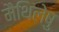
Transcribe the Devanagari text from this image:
मैथिलेषु